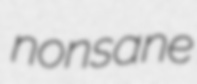
nonsane